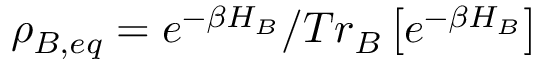
\rho _ { B , e q } = e ^ { - \beta H _ { B } } / T r _ { B } \left[ e ^ { - \beta H _ { B } } \right]